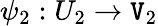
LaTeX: \psi_{2}:U_{2}\to\mathtt{V}_{2}